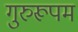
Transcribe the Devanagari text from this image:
गुरुरूपम